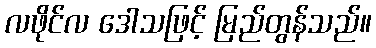
လဖိုင်လ ဒေါသဖြင့် မြည်တွန်သည်။